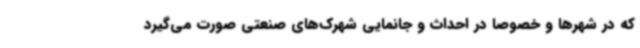
که در شهرها و خصوصا در احداث و جانمایی شهرک‌های صنعتی صورت می‌گیرد